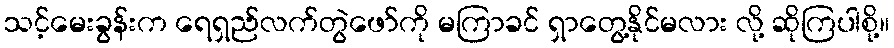
သင့်မေးခွန်းက ရေရှည်လက်တွဲဖော်ကို မကြာခင် ရှာတွေ့နိုင်မလား လို့ ဆိုကြပါစို့။